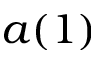
a ( 1 )